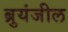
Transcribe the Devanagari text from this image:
ब्रुयंजील